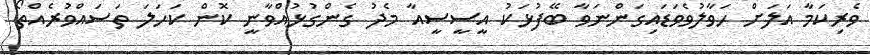
ވެރިކަމާ އަލަށް ހަވާލުވެވަޑައިގަންނަވާ ބޭފުޅަކު އީސީސީއާ މެދު ގެންގުޅުއްވާނީ ކޮން ކަހަލަ ތަސައްވުރެއްތޯ